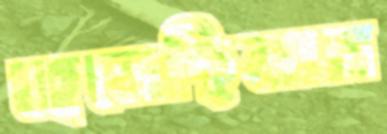
হেলেছিলাম